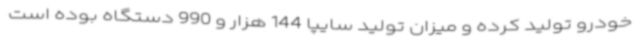
خودرو تولید کرده و میزان تولید سایپا 144 هزار و 990 دستگاه بوده است